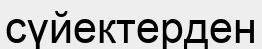
сүйектерден